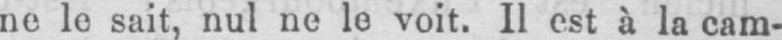
ne le sait, nul ne le voit. Il est à la cam-